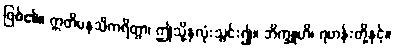
ဖြစ်၏။ ဣတိမနသိကရိတွာ၊ ဤသို့နှလုံးသွင်း၍။ ဘိက္ခူဟိ၊ ရဟန်းတို့နှင့်။